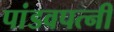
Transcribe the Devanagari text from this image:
पांडवपत्‍नी